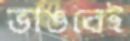
ভাঙবেই